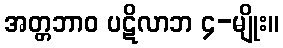
အတ္တဘာဝ ပဋိလာဘ ၄-မျိုး။